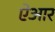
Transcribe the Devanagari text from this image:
ऐआर